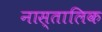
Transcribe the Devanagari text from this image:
नास्तालिक